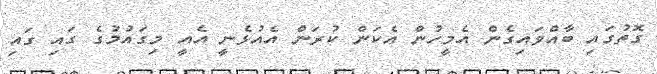
ގޮތުގައި ބާއްވައިގެން އެމީހުން އެކަން ކުރަން އެއުޅެނީ އެއީ މިގައުމުގެ ގައި ގައި